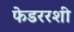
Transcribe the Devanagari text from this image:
फेडररशी